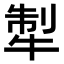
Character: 𤙲